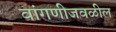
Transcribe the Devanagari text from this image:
वांगणीजवळील